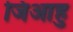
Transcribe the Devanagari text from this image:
जिआहु